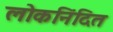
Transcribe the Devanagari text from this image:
लोकनिंदित